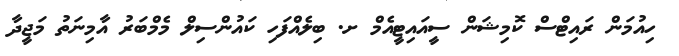
ހިއުމަން ރައިޓްސް ކޮމިޝަން ސީއައިޓީއެމް ށ. ބިލެއްފަހި ކައުންސިލް މެމްބަރު އާމިނަތު މަޖީދާ